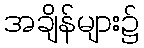
အချိန်များ၌